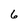
Character: 6